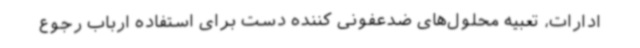
ادارات، تعبیه محلول‌های ضدعفونی کننده دست برای استفاده ارباب رجوع